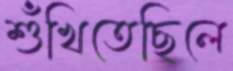
শুঁখিতেছিলে